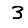
Digit: 3